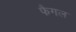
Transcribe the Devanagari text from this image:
फैगल